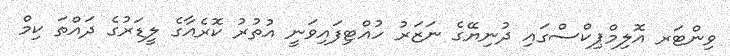
ވިންޓަރ އޮލިމްޕިކްސްގައި ދުނިޔޭގެ ނަޒަރު ހުއްޓިފައިވަނީ އުތުރު ކޮރެއާގެ ލީޑަރުގެ ދައްތަ ކިމް